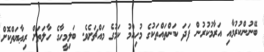
ބޭނުންކުރުމާއި އަރާމުކުރުން ފަދަ ކަންތައްތަކުގެ މުހިއްމު ކަމުގެ މައްޗަށެވެ. ބަލިމީހާގެ ހާލަތަށް ރިޢާޔަތްކޮށް